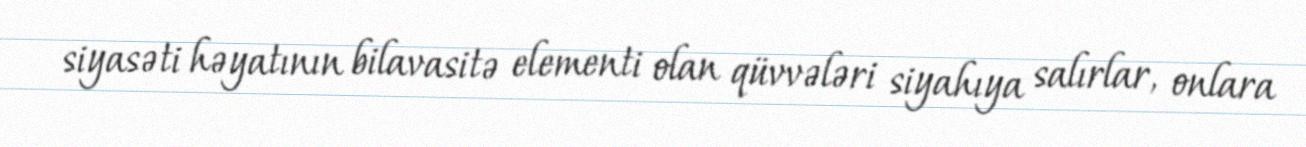
siyasəti həyatının bilavasitə elementi olan qüvvələri siyahıya salırlar, onlara